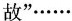
故”\cdots \cdots